Report on sanitation, dispensaries, and jails in Rajputana for 1918, and on vaccination for the year 1918-1919 - 1918-1919
Year: 1918
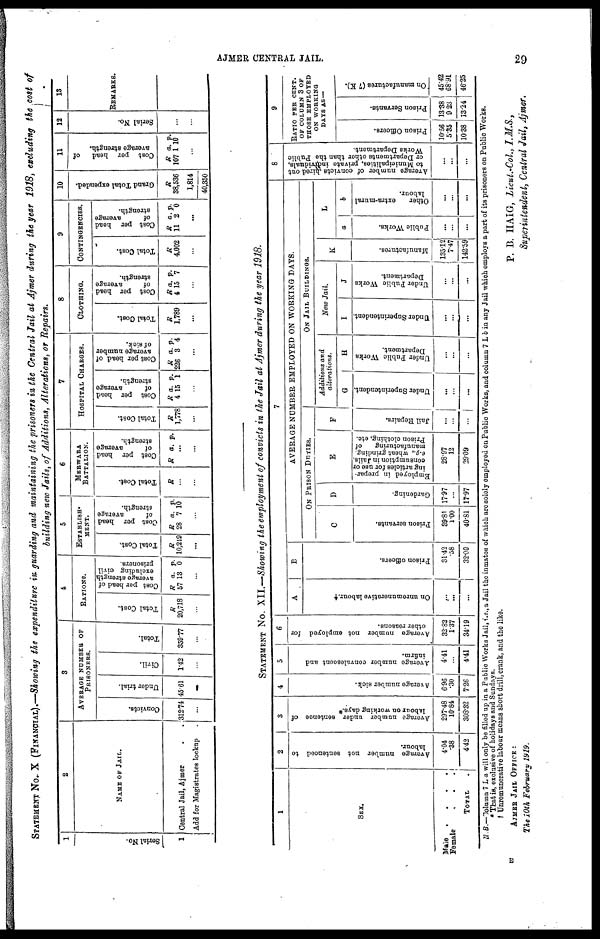
AJMER CENTRAL JAIL.
29
STATEMENT No. X (FINANCIAL).—Showing the expenditure in guarding and maintaining the prisoners in the Central Jail at Ajmer during the year 1918, excluding the cost of
building new Jails, of Additions, Alterations, or Repairs.
1
Serial No.
1
2
NAME OF JAIL.
Central Jail, Ajmer . .
Add for Magistrates lockup .
3
AVERAGE NUMBER OF
PRISONERS.
Convicts.
312.74
...
Under trial.
45.61
...
Civil.
1.42
...
Total.
359.77
...
4
RATIONS.
Total Cost.
R
20,718
...
Cost per head of
average strength
excluding civil
prisoners.
R
57
a.
13
p.
0
...
5
ESTABLISH¬
MENT.
Total Cost.
R
10,249
...
Cost per head
of
average
strength.
R
28
a.
7
p.
10
...
6
MERWARA
BATTALION.
Total Cost.
R
...
...
Cost per head
of
average
strength.
R a. p.
...
...
7
HOSPITAL CHARGES.
Total Cost.
R
1,778
...
Cost per head
of
average
strength.
R
4
a.
15
p.
1
...
Cost per head of
average number
of sick.
R
226
a.
3
p.
4
...
8
CLOTHING.
Total Cost.
R
1,789
...
Cost per head
of
average
strength.
R
4
a.
15
p.
7
...
9
CONTINGENCIES.
Total Cost.
R
4,002
...
Cost per head
of
average
strength.
R
11
a.
2
p.
0
...
10
Grand Total expended.
R
38,536
1,814
40,350
11
Cost per head
of
average strength.
R
107
a.
1
p.
10
...
12
Serial No.
...
...
13
REMARKS.
STATEMENT No. XII.—Showing the employment of convicts in the Jail at Ajmer during the year 1918.
1
SEX.
Male
.
.
.
.
Female
.
.
.
TOTAL .
2
Average number not sentenced to
labour.
4.04
.38
4.42
3
Average number under sentence of
labour on working days.*
297.48
10.84
308.32
4
Average number sick.
6.96
.30
7.26
5
Average number convalescent and
infirm.
4.41
...
4.41
6
Average number not employed for
other reasons.
32.82
1.37
34.19
7
A
On unremunerative labour.†
...
...
...
B
Prison officers.
31.42
.58
32.00
AVERAGE NUMBER EMPLOYED ON WORKING DAYS.
ON PRISON DUTIES.
C
Prison servants.
39.81
1.00
40.81
D
Gardening.
17.97
...
17.97
E
Employed in prepar-
ing articles for use or
consumption in Jails,
e.g., wheat grinding,
manufacturing
of
Prison clothing, etc.
28.97
12
29.09
F
Jail Repairs.
...
...
...
ON JAIL BUILDINGS.
Additions and
alterations.
G
Under Superintendent.
...
...
...
H
Under Public Works
Department.
...
...
...
New Jail.
I
Under Superintendent.
...
...
...
J
Under Public Works
Department.
...
...
...
K
Manufactures.
135.12
7.47
142.59
L
a
Public Works.
...
...
...
b
Other
extra-mural
labour.
...
...
...
8
Average number of convicts hired out
to Municipalities, private individuals,
or Departments other than the Public
Works Department.
...
...
...
9
RATIO PER CENT.
OF COLUMN 3 OF
THOSE EMPLOYED
ON WORKING
DAYS AS—
Prison Officers.
10.56
5.35
10.38
Prison Servants.
13.38
9.23
13.24
On manufactures (7 K).
45.42
68.91
46.25
N.B.—Column 7 L a will only be filled up in a Public Works Jail, i.e.,a Jail the inmates of which are solely employed on Public Works, and column 7 L b in any Jail which employs a part of its prisoners on Public Works.
* That is, exclusive of holidays and Sundays .
† Unremunerative labour means short drill, crank, and the like.
P. B. HAIG, Lieut.-Col., I.M.S.,
Superintendent, Central Jail, Ajmer.
AJMER JAIL OFFICE :
The 10th February 1919.
E